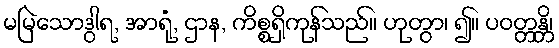
မမြဲသောဒွါရ, အာရုံ, ဌာန, ကိစ္စရှိကုန်သည်။ ဟုတွာ၊ ၍။ ပဝတ္တန္တိ၊